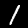
Label: 1